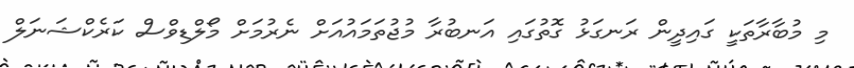
މި މުބާރާތަކީ ގައިދީން ރަނގަޅު ގޮތުގައި އަނބުރާ މުޖުތަމައުއަށް ނެރުމަށް މޯލްޑިވްސް ކަރެކްޝަނަލް